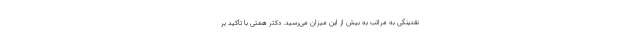
نقدینگی به مراتب به بیش از این میزان می‌رسید. دکتر همتی با تأکید بر